Statistical return of the lunatic asylum in Assam - 1912-1932
Year: 1912
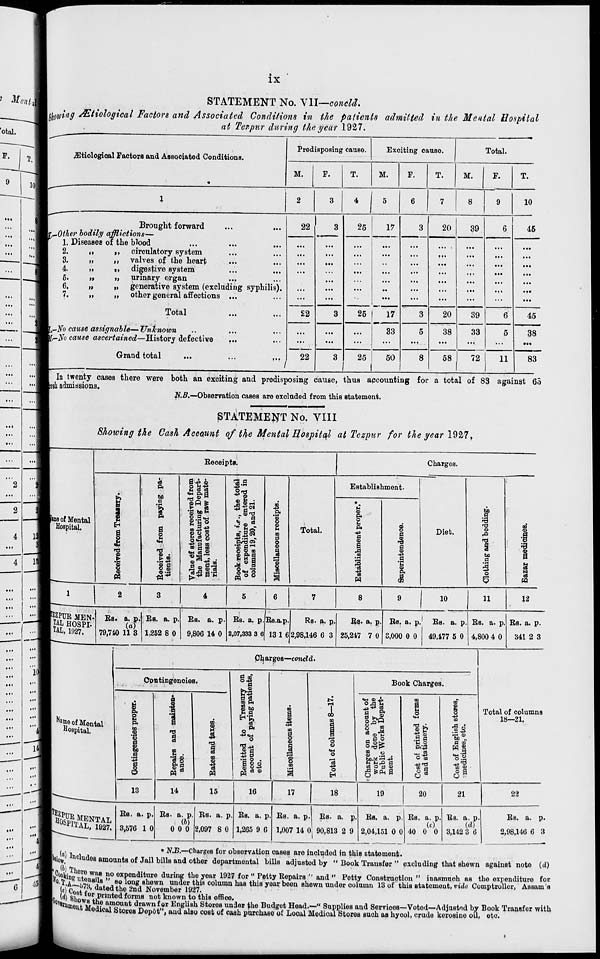
ix
Mend
...
"1
...
Mil
...
"1
...
...
"a "J
...
...
2
4
1
STATEMENT No. VII—candid.
mowing sEtiological Factors and Associated Conditions in the patients admitted in the Mental Hospital
at Tezpur during the year 1927.
yEtiological Factors and Associated Conditions.
Predisposing cause.
Exciting cause.
M.
T.
M.
Total.
M.
F.
10
Brought forward
.Other bodily afflictions—
1. Diseases of the blood
2.
ii
»>
3.
»
II
4.
>»
II
6.
it
»»
6.
»>
II
7.
ti
II
circulatory system
valves of the heart
digestive system
urinary organ
generative system (excluding syphilis).
other general affections ...
Total
22
l,-No cause assignable— Unknown
l-No cause ascertained—History defective
Grand total
22
/
22
8
25
17
20
39
25
25
17
33
50
8
20
38
39
33
45
58 I
72 I
11
45
38
83
In twenty cases there were both an exciting and predisposing cause, thus accounting for a total of 83 against 65
Iresli admissions.
N.B.—Observation cases are excluded from this statement.
STATEMENT No. VIII
Showing the Cash Account of the Mental Hospital at Tezpur for the year 1927,
Receipts.
Charges.
fame of Mental
' Hospital.
§
I
I
o
cS
P.
to
c
'&
o
JB
"3
a> •
t, CD
.1-1 +3
ID Q
0-
R 5 9
<H AS
g'Co
s-s§
■gp«
to p. m
.3 a 8*3
£3 re
rt.B
4§ N
<B
1
, the
enter
d21.
00
P.
a
8
*> _ oS
S
._• ® _
9
las? 00 R(M
R
00
■*}~
-
0
P.T3 0»
o
recei
xpen
ana ]
1
M°U
§
S«S o
|
ffl°° 3 1
Total.
Establishment.
1 o u
P.
8
s
a
CD
§
-3
S
a
A
s
i
a
?
'C
a
8
Ja
A
00
o
H
«
Diet.
to
T3
<x>
^3
bo
a
1 o
aa
a
3
I
H
OS
tsi
=5
W
EZPUR MEN.
TAL HOSPI-
TAL, 11)27.
'" 1
...
... ■
...
"iol
...
'" 1
...
*" 1
... 1
...
.«■ i
J^- \m
__.—
...
id ■
Bs.
79,740
a. p.
(a)
11 3
EB. a. p.
1,252 8 0
4
5
6
Es. a. p.
9,806 14 0
Es. a. p.
2.07,333 3 6
Es.a.p.
1316
8
10
Rs. a. p
2,98,146 6 3
Es. a. p.
25,247 7 0
Es. a. p. Es. a. p
3,000 0 0 49,177 5 0
11
12
Es. a. p,
4,800 4 0
Es. a. p.
341 2 3
Charges—concld.
Contingencies.
N *me of Mental
u°e pital.
| o u
P.
m
OS
I
13
a
T3
a
m
o
cd
M
81
m Pi
8 bo
-I
P.
o
S ° «
£1
m
pi
o
I w m
a
1
Book Charges.
g£Q
o
o
<s»
O
03 03 P
r* S ©
OJ
."
.
ca o 0 a>
00
s
0?
D
o
■H
-P
u3
3 B
fj|
"S a>
r-i CB
.3 1
to „
B 2
B 9
H i
&£
CS
.9
«M ^3
t! cj
Ccst c
and B
21
11
O B
Total of columns
18—21.
14
15
^sssem
EB. a. p.
3,576 1 0
EB. a. p
(b)
0 0 0
Es. a. p
2,097 8 0
16
17
18
19
20
21
22
EB. a. p.
1,265 9 6
Es. a. p
1,007 14 0
Es. a. p.
90,813 2 9
Es. a. p
2,04,151 0 0
EB. a. p. Es. a. p
(o)
(d)
40 0 0 3,142 3 6
EB. a. p.
2,98,146 6 3
■ , .
• N.B.—Charges for observation cases are included in this statement.
I^V' nc * u<ie8 amounts of Jail bills and other departmental bills adjusted by " Book Transfer " excluding that shewn against note (d)
ookino■ f\° W » B P° expenditure during the year 1927 for " Petty Repairs " and " Petty Construction " inasmuch as the expenditure for
'•IA .■?.," BO long Bhewn under this column has this year boon Bhewn under column 13 of this Btatomeut, vide Comptroller, Assam'a
U 67te' dat edthe 2nd November 1927.
(A §V 8t ^r printed forms not known to this office.
T ftnmQi 0 Hw A? amouut drawn for English StoreB under the Budget Head.—" Supplies and Servioos—Voted—Adjustid by Book Transfer with
' medical StoreB Dep6t", and alBo cost of cash purchase of Local Medical Stores such as hyool, crude kerosine oil, eto.